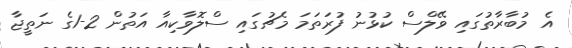
އެ މުބާރާތުގައި ވޭލްސް ކުޅުނު ފުރަތަމަ މެޗުގައި ސްލޮވާކިއާ އަތުން 2-1ގެ ނަތީޖާ